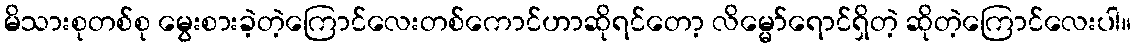
မိသားစုတစ်စု မွေးစားခဲ့တဲ့ကြောင်လေးတစ်ကောင်ဟာဆိုရင်တော့ လိမ္မော်ရောင်ရှိတဲ့ ဆိုတဲ့ကြောင်လေးပါ။